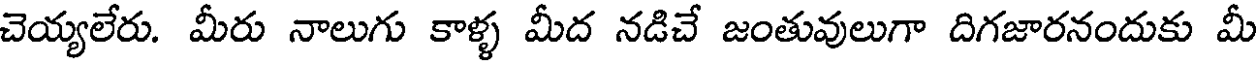
చెయ్యలేరు. మీరు నాలుగు కాళ్ళ మీద నడిచే జంతువులుగా దిగజారనందుకు మీ